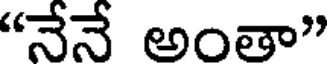
"నేనే అంతా"